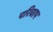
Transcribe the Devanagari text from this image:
परिवाप